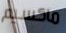
ماكسيم